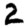
Digit: 2